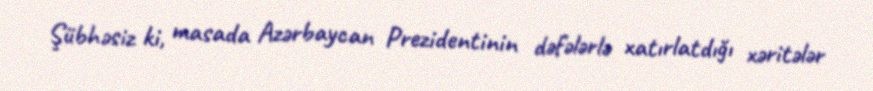
Şübhəsiz ki, masada Azərbaycan Prezidentinin dəfələrlə xatırlatdığı xəritələr